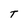
Character: T